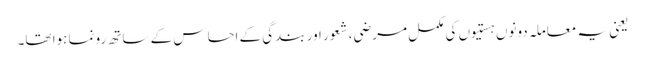
یعنی یہ معاملہ دونوں ہستیوں کی مکمل مرضی، شعور اور بندگی کے احساس کے ساتھ رونما ہوا تھا۔